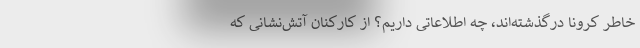
خاطر کرونا درگذشته‌اند، چه اطلاعاتی داریم؟ از کارکنان آتش‌نشانی که